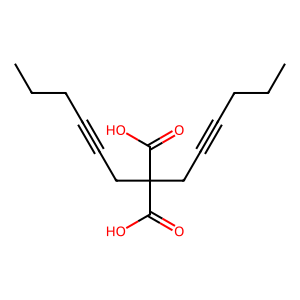
SMILES: CCCC#CCC(CC#CCCC)(C(=O)O)C(=O)O
Inhibits HIV replication: No